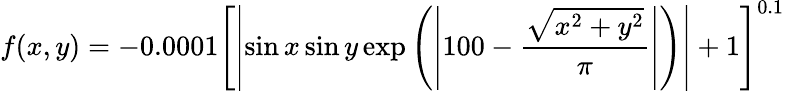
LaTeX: f(x,y)=-0.0001\left[\left|\sin x\sin y\exp\left(\left|100-{\frac{\sqrt{x^{2}+y^{2}}}{\pi}}\right|\right)\right|+1\right]^{0.1}